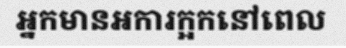
អ្នកមានអការក្អកនៅពេល